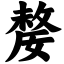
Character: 嫠